Vaccination in Bombay 1869-1873 - 1869-1873
Year: 1869
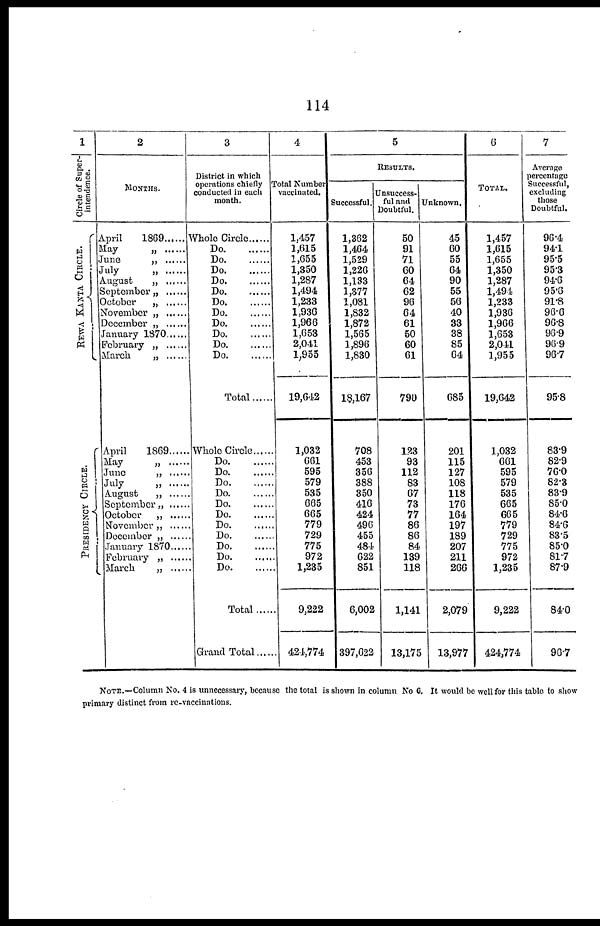
114
1
Circle of Super-
intendence.
REWA KANTA CIRCLE.
PRESIDENCY CIRCLE.
2
MONTHS.
April 1869 ......
May „ ......
June „ ......
July „ ......
August „ ......
September „ ......
October „ ......
November „ ......
December „ ......
January 1870......
February „ ......
March „ ......
April
1869
May
„
June „ ......
July „ ......
August „ ......
September „ ......
October „ ......
November „ ......
December „ ......
January 1870
February „ ......
March „ ......
3
District in which
operations chiefly
conducted in each
month.
Whole Circle ......
Do
Do
Do
Do
Do
Do
Do
Do
Do
Do
Do.
Total.....
Whole Circle
Do
Do
Do
Do
Do
Do
Do
Do
Do
Do.....
Do
Total ......
Grand Total......
4
Total Number
vaccinated.
1,457
1,615
1,655
1,350
1,287
1,494
1,233
1,936
1,966
1,653
2,041
1,955
19,642
1,032
661
595
579
535
665
665
779
729
775
972
1,235
9,222
424,774
5
RESULTS.
Successful.
1,362
1,464
1,529
1,226
1,133
1,377
1,081
1,832
1,872
1,565
1,896
1,830
13,167
708
453
356
388
350
416
424
496
455
484
622
851
6,002
397,622
Unsuccess-
ful and
Doubtful.
50
91
71
60
64
62
96
64
61
50
60
61
790
123
93
112
83
67
73
77
86
86
84
139
118
1,141
13,175
Unknown.
45
60
55
64
90
55
56
40
33
38
85
64
685
201
115
127
108
118
176
164
197
189
207
211
266
2,079
13,977
6
TOTAL.
1,457
1,615
1,655
1,350
1,287
1,494
1,233
1,936
1,966
1,653
2,041
1,955
19,642
1,032
661
595
579
535
665
665
779
729
775
972
1,235
9,222
424,774
7
Average
percentage
Successful,
excluding
those
Doubtful.
96.4
94.1
95.5
95.3
94.6
95.6
91.8
96.6
96.8
96.9
96.9
96.7
95.8
83.9
82.9
76.0
82.3
83.9
85.0
84.6
84.6
83.5
85.0
81.7
87.9
84.0
96.7
NOTE.—Column No. 4 is unnecessary, because the total is shown in column No 6. It would be well for this table to show
primary distinct from re-vaccinations.